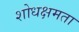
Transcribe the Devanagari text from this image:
शोधक्षमता